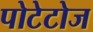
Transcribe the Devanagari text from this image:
पोटेटोज